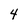
Character: 4